Indian Medical Review
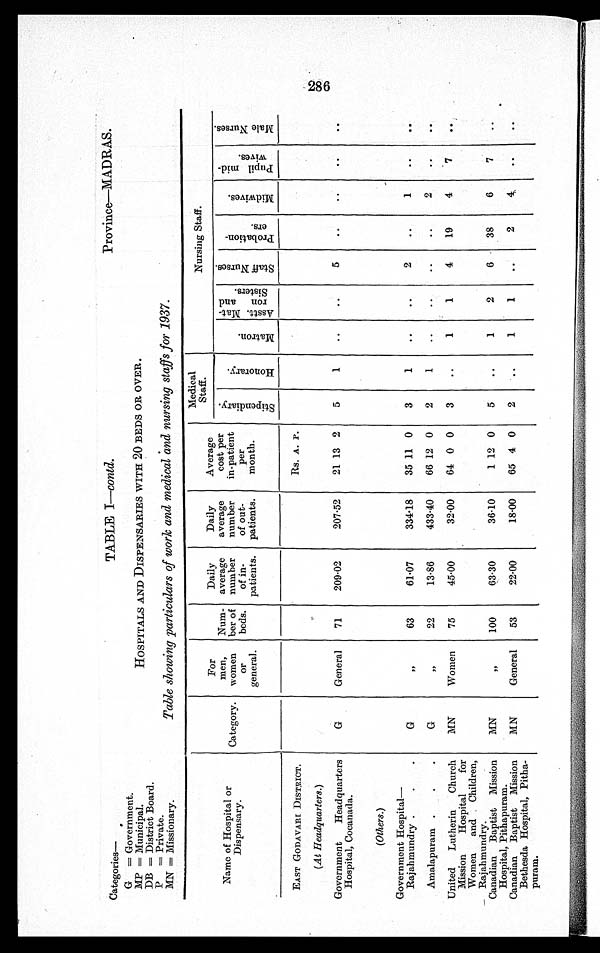
Categories—
G =Government.
MP = Municipal.
DB = District Board.
P = Private.
MN = Missionary.
TABLE I—contd.
Province—MADRAS.
HOSPITALS AND DISPENSARIES WITH 20 BEDS OR OVER.
Table showing particulars of work and medical and nursing staffs for 1937.
Name of Hospital or Dispensary.
Category.
For
men,
women
or
general.
Num-
ber of
beds.
Daily
average
number
of in-
patients.
Daily
average
number
of out-
patients.
Average
cost per
in-patient
per
month.
Medical
Staff .
Nursing Staff.
S t i p e n d i a r y .
H o n o r a r y .
M a t r o n .
A s s t t . M a t - r o n a n d S i s t e r s .
S t a f f N u r s e s .
P r o b a t i o n - e r s .
M i d w i v e s .
P u p i l m i d - w i v e s .
M a l e N u r s e s .
EAST GODAVARI DISTRICT.
Rs. A. P .
(At Headquarters .)
Government Headquarters
Hospital, Cocanada.
G
General
71
209.02
207.52
21 13 2
5
1
..
..
5
. .
. .
. .
. .
(Others.)
Government Hospital
—
Rajahmundry
G
,,
63
61.07
334.18
35 11 0
3
1
..
..
2
. .
1
. .
. .
Amalapuram
G
,,
22
13.86
433.40
66 12 0
2
1
. .
. .
. .
. .
2
. .
. .
United Lutherin Church
Mission Hospital for
Women and Children,
Rajahmundry.
MN
Women
75
45.00
32.00
64 0 0
3
..
1
1
4
19
4
. .
Canadian Baptist Mission
Hospital, Pithapuram.
MN
, ,
100
63.30
36.10
1 12 0
5
..
1
2
6
38
6
7
..
Canadian Baptist Mission
Bethesda Hospital, Pitha-
puram.
MN
General
53
22.00
18.00
65 4 0
2
. .
1
1
..
2
4
. .
..
286